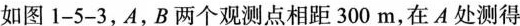
如图1-5-3，A，B两个观测点相距300m，在A处测得